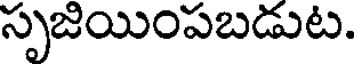
సృజియింపబడుట.